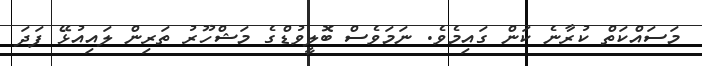
މަސައްކަތް ކުރާނެ ކަން ގައިމެވެ. ނަމަވެސް ބޮލީވުޑްގެ މަޝްހޫރު ތަރިން ލައިއުޅޭ ފަދަ